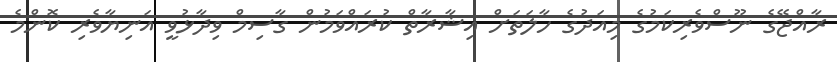
ރާއްޖޭގެ ނޫސްވެރިކަމުގެ މިއަދުގެ ހާލަތަށް އިޝާރާތް ކުރައްވަމުން ގާސިމް ވިދާޅުވީ އަނިޔާވެރި ކޮންމެ